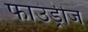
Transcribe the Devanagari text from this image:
फाउंड्रीज